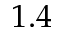
1 . 4